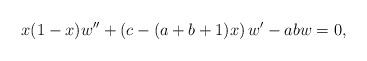
LaTeX: \begin{align*}x(1-x)w''+\left(c-(a+b+1)x\right)w'-abw=0,\end{align*}